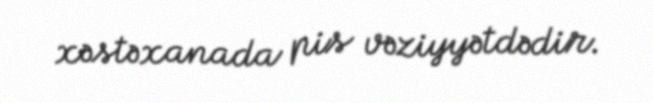
xəstəxanada pis vəziyyətdədir.